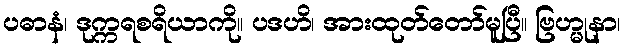
ပဓာနံ၊ ဒုက္ကရစရိယာကို။ ပဒဟိ၊ အားထုတ်တော်မူပြီ။ ဗြဟ္မုနာ၊